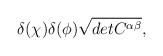
\begin{align*}\delta (\chi) \delta(\phi) \sqrt{det C^{\alpha \beta}} , \end{align*}